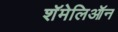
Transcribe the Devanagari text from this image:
शॅमेलिऑन